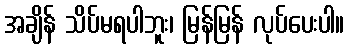
အချိန် သိပ်မရပါဘူး၊ မြန်မြန် လုပ်ပေးပါ။